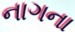
નાગના